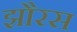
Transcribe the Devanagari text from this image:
झौरस